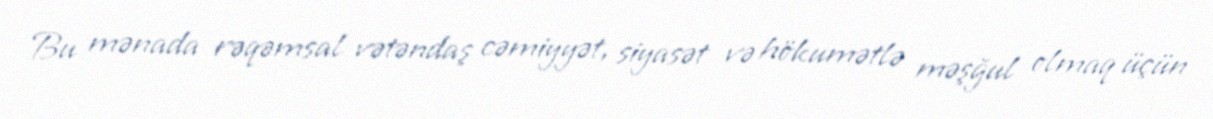
Bu mənada rəqəmsal vətəndaş cəmiyyət, siyasət və hökumətlə məşğul olmaq üçün